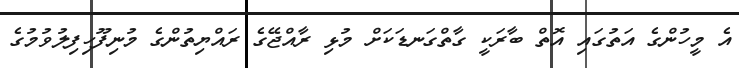
އެ މީހުންގެ އަތުގައި އޮތް ބާރަކީ ގާތްގަނޑަކަށް މުޅި ރާއްޖޭގެ ރައްޔިތުންގެ މުނިފޫހިފިލުވުމުގެ